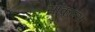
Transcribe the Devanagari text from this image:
साकल्स